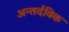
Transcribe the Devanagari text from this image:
अन्तर्दविक